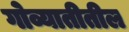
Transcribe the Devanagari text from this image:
गोव्यातीतील